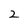
Character: 2